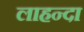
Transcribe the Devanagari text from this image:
लाहन्दा